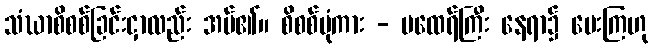
သံဃာစိစစ်ခြင်းငှာလည်း အပ်၏။ စိစစ်ပုံကား - မထေရ်ကြီး နေရာ၌ ပေးကြဟု